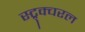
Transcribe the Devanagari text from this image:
स्ट्र्क्चरल